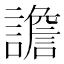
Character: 譫